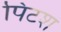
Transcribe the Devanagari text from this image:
पिंटश